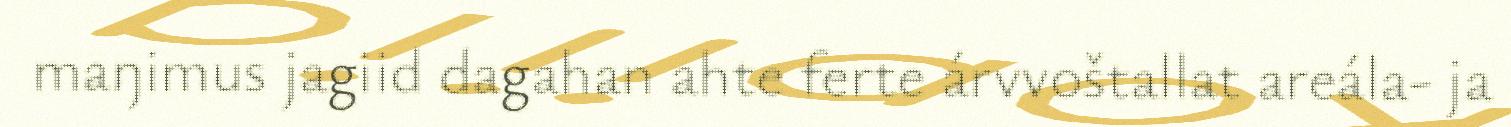
maŋimus jagiid dagahan ahte ferte árvvoštallat areála- ja